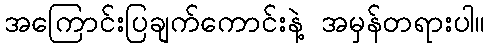
အကြောင်းပြချက်ကောင်းနဲ့ အမှန်တရားပါ။